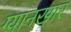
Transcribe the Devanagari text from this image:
ग्यानखार